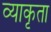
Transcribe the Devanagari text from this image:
व्याकृता